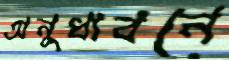
অনুধাবনে